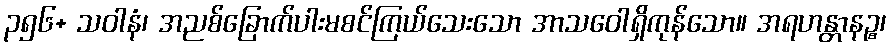
၃၅၆+ သဝါနံ၊ အညစ်ခြောက်ပါးမစင်ကြယ်သေးသော အာသဝေါရှိကုန်သော။ အရဟန္တာနဉ္စ၊